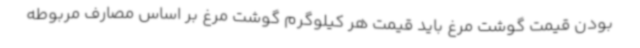
بودن قیمت گوشت مرغ باید قیمت هر کیلوگرم گوشت مرغ بر اساس مصارف مربوطه